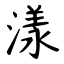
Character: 漾